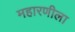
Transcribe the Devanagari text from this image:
महारणीला